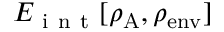
E _ { \mathrm { ~ i ~ n ~ t ~ } } [ \rho _ { \mathrm { A } } , \rho _ { \mathrm { e n v } } ]